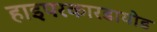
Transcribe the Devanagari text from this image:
हाइपरकारडायोड